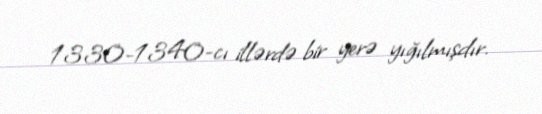
1330-1340-cı illərdə bir yerə yığılmışdır.